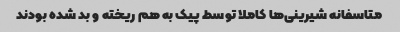
متاسفانه شیرینی‌ها کاملا توسط پیک به هم ریخته و بد شده بودند